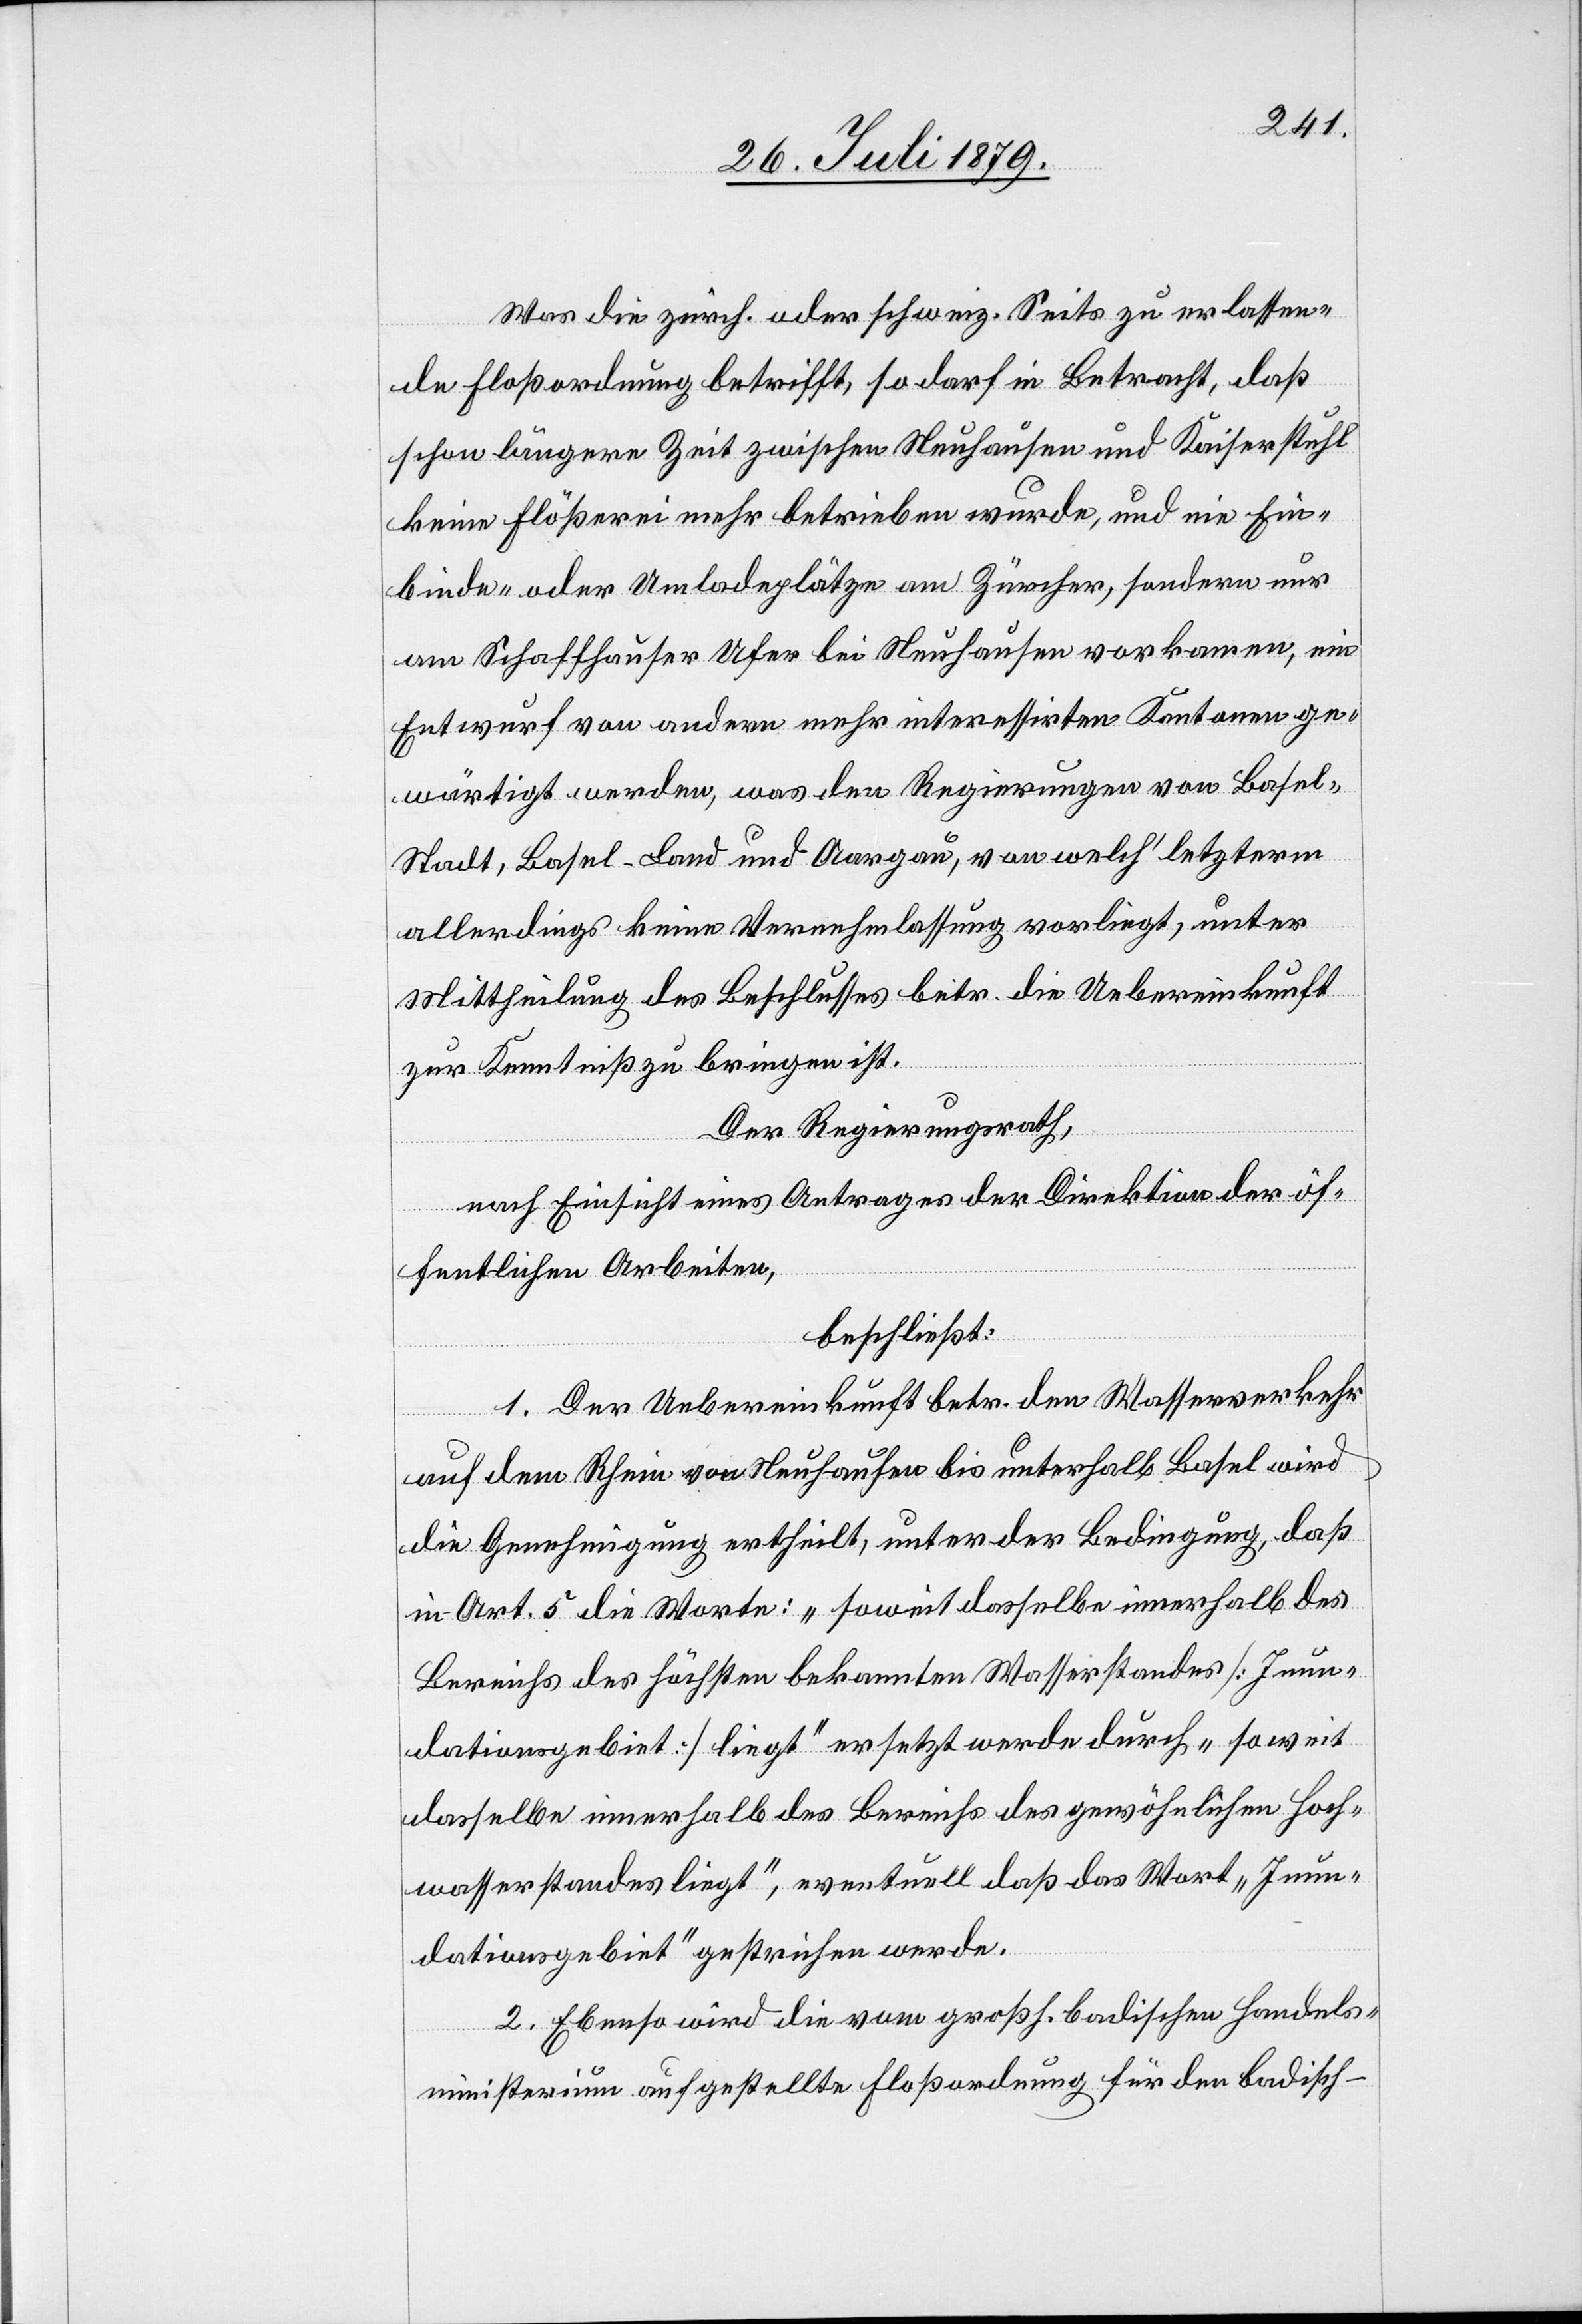
Was die zürch. oder schweiz. Seits zu erlassen¬
de Floßordnung betrifft, so darf in Betracht, daß
schon längere Zeit zwischen Neuhausen und Kaiserstuhl
keine Flößerei mehr betrieben wurde, und nie Ein¬
binde- oder Umladeplätze an Zürcher, sondern nur
an Schaffhauser Ufer bei Neuhausen vorkamen, ein
Entwurf von andern mehr interessirten Kantonen ge¬
wärtigt werden, was den Regierungen von Basel-S¬
tadt, Basel-Land und Aargau, von welch’ letzterm
allerdings keine Vernehmlassung vorliegt, unter
Mittheilung des Beschlusses betr. die Uebereinkunft
zur Kenntniß zu bringen ist.
Der Regierungsrath,
nach Einsicht eines Antrages der Direktion der öf¬
fentlichen Arbeiten,
beschließt:
1. Der Uebereinkunft betr. den Wasserverkehr
auf dem Rhein von Neuhausen bis unterhalb Basel wird
die Genehmigung ertheilt, unter der Bedingung, daß
in Art. 5 die Worte: „soweit dasselbe innerhalb des
Bereichs des höchsten bekannten Wasserstandes [Inun¬
dationsgebiet] liegt“ ersetzt werden durch „soweit
dasselbe innerhalb des Bereichs des gewöhnlichen Hoch¬
wasserstandes liegt“, eventuell daß das Wort „Inun¬
dationsgebiet“ gestrichen werde.
2. Ebenso wird die vom großh. badischen Handels¬
ministerium aufgestellte Floßordnung für den badisch-